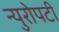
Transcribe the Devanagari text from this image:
न्युरोपटी